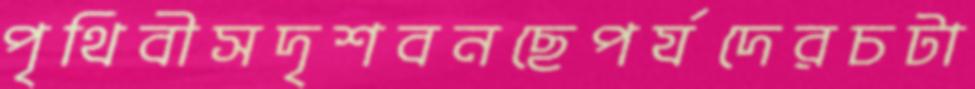
পৃথিবীসদৃশবনছেপর্যদেরচটা